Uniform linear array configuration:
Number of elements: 24
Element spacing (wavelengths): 0.5
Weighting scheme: binomial
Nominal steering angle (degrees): -45
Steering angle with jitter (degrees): -44.345
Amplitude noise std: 0.05
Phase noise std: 0.05

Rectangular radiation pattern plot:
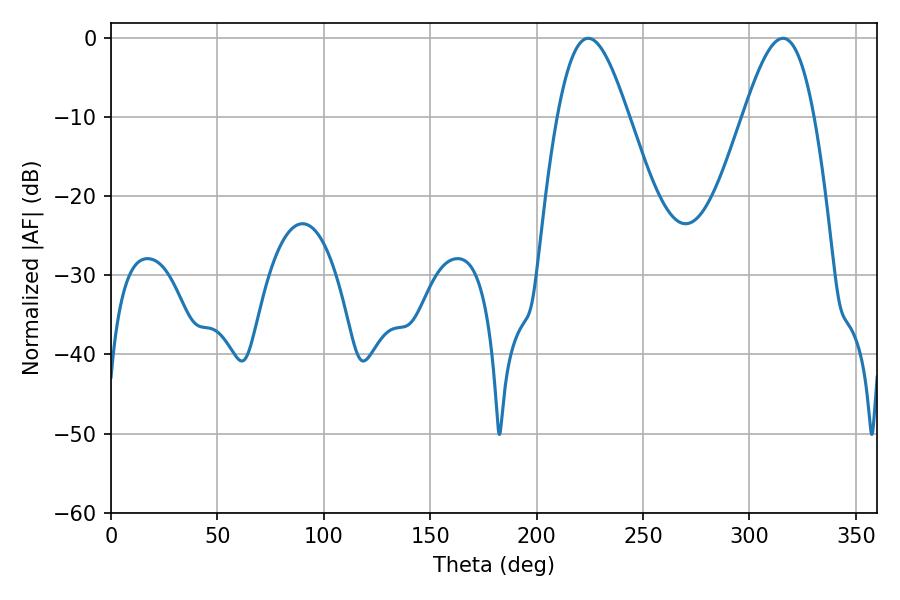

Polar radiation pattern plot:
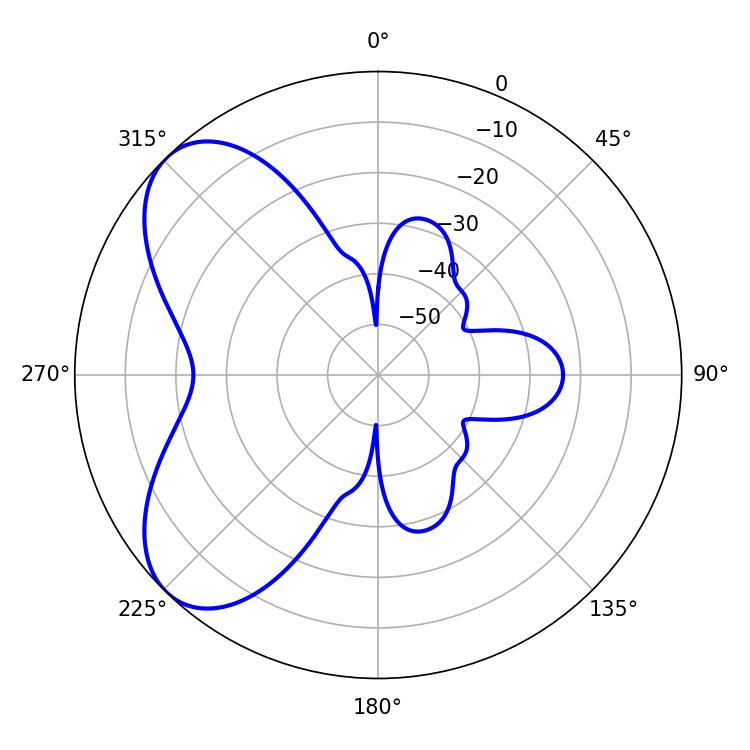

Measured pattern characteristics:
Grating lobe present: FALSE
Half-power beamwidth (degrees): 17.82
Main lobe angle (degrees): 224.28